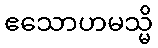
ဧသောဟမသ္မိ